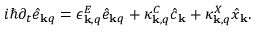
\begin{array} { r } { i \hbar \partial _ { t } \hat { e } _ { { \bf k } q } = \epsilon _ { { \bf k } , q } ^ { E } \hat { e } _ { { \bf k } q } + \kappa _ { { \bf k } , q } ^ { C } \hat { c } _ { { \bf k } } + \kappa _ { { \bf k } , q } ^ { X } \hat { x } _ { { \bf k } } . } \end{array}